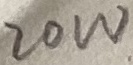
Text: 20W